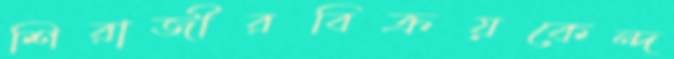
শিরাজীরবিক্রয়কেন্দ